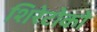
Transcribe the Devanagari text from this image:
शिरेटोको